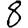
Digit: 8